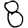
Digit: 8